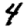
Digit: 4